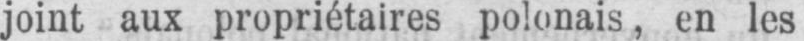
joint aux propriétaires polonais, en les